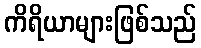
ကိရိယာများဖြစ်သည်